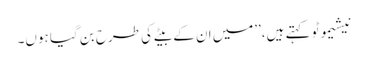
نیشیموٹو کہتے ہیں،’’میں ان کے بیٹے کی طرح بن گیا ہوں۔